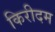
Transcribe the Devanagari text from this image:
किरीदम